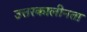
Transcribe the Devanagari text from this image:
उत्तरकालीनता